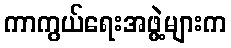
ကာကွယ်ရေးအဖွဲ့များက